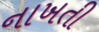
નાખતી